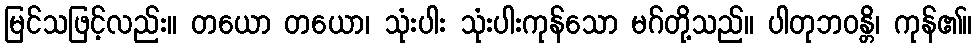
မြင်သဖြင့်လည်း။ တယော တယော၊ သုံးပါး သုံးပါးကုန်သော မဂ်တို့သည်။ ပါတုဘဝန္တိ၊ ကုန်၏။